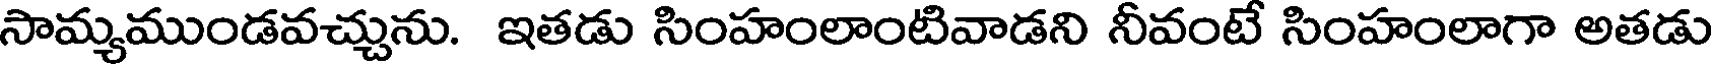
సామ్యముండవచ్చును. ఇతడు సింహంలాంటివాడని నీవంటే సింహంలాగా అతడు